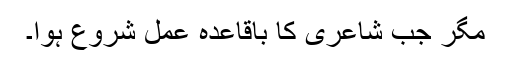
مگر جب شاعری کا باقاعدہ عمل شروع ہُوا۔